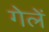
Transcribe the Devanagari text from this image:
गेलें